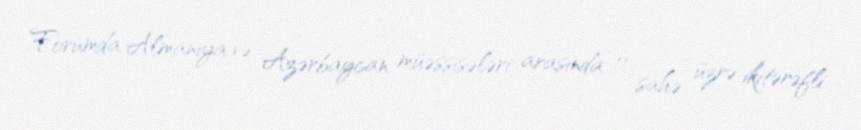
Forumda Almaniya və Azərbaycan müəssisələri arasında 11 sahə üzrə ikitərəfli